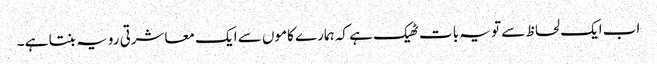
اب ایک لحاظ سے تو یہ بات ٹھیک ہے کہ ہمارے کاموں سے ایک معاشرتی رویہ بنتا ہے ۔